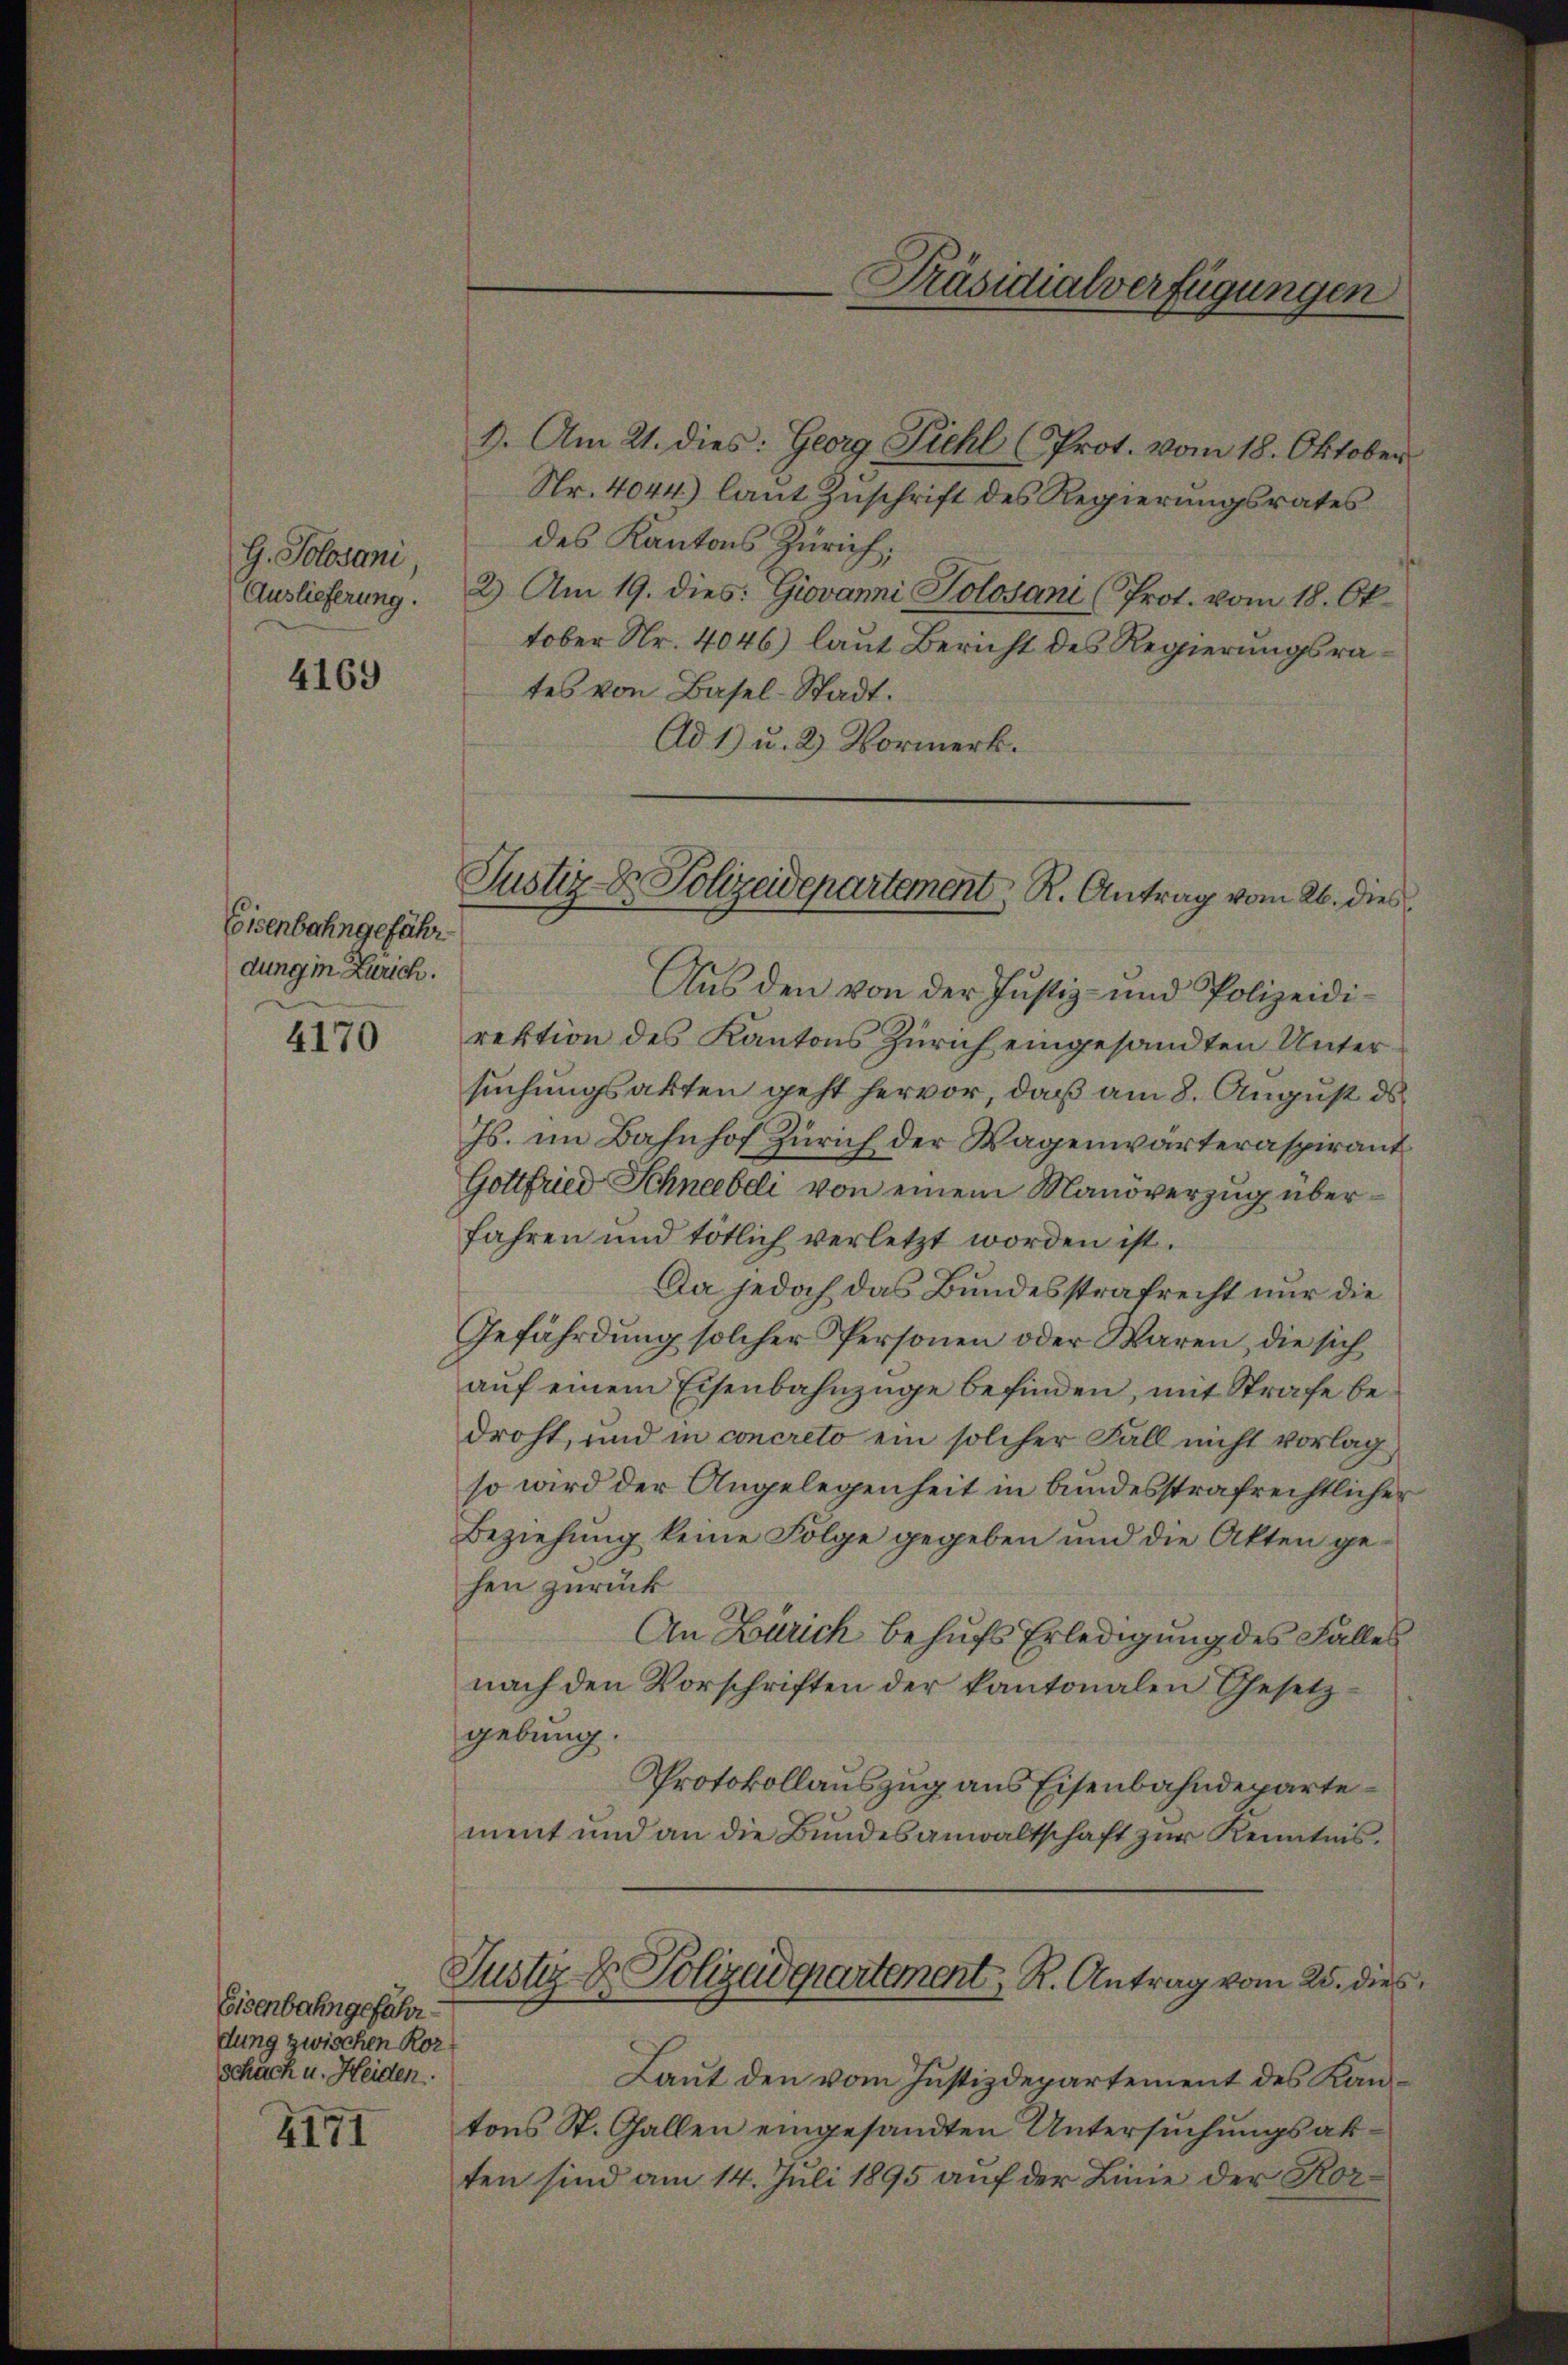
G. Solosani,
Auslieferung.

4169

Eisenbahngefähr
dung in Zürich.

4170

Eisenbahngefährdung zwischen Ror
schäch u. Heiden.
4171

Präsidialverfügungen

Justiz- & Polizeidepartement. R. Antrag vom 26. dies

8. Am 21. dies: Georg Pichl (Prot. vom 18. Oktober
Nr. 4044.) laut Zuschrift des Regierungsrates
des Kantons Zürich;
2) Am 19. dies: Giovanni Jolosani (Prot. vom 18. Oktober Nr. 4046) laut Bericht des Regierungsrates von Basel-Stadt.
Ad 1) u. 2 Vormerk.
Aus den von der Justiz- und Polizeidirektion des Kantons Zürich eingesandten Untersuchungsakten geht hervor, daß am 8. August ds.
Js. im Bahnhof Zürich der Wagenwärteraspirant
Gottfried Schneebdi von einem Manöverzug überfahren und tötlich verletzt worden ist.
Da jedoch das Bundesstrafrecht nur die
Gefährdung solcher Personen oder Waren, die sich
aŭf einem Eisenbahnzüge befinden, mit Strafe bedroht, und in concreto ein solcher Fall nicht vorlag
so wird der Angelegenheit in bundesstrafrechtlicher
Beziehŭng keine Folge gegeben und die Akten gehen zurück
An Zürich behufs Erledigung des Falles
nach den Vorschriften der kantonalen Gesetz-
gebung.
Protokollauszug aus Eisenbahndepartement und an die Bundesanwaltschaft zur Kenntnis¬
Justiz & Polizadepartement R. Antrag vom 25. dies
Laut den vom Justizdepartement des Kantons St. Gallen eingesandten Untersuchungsakten sind am 14. Juli 1895 auf der Linie der Kor¬